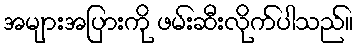
အများအပြားကို ဖမ်းဆီးလိုက်ပါသည်။